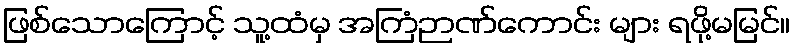
ဖြစ်သောကြောင့် သူ့ထံမှ အကြံဉာဏ်ကောင်း များ ရဖို့မမြင်။